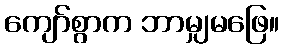
ကျော်စွာက ဘာမျှမဖြေ။